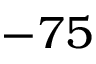
- 7 5